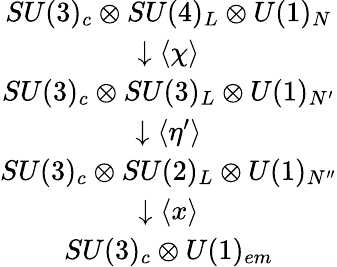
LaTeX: \begin{array}{c}{{SU(3)_{c}\otimes SU(4)_{L}\otimes U(1)_{N}}}\\ {{\downarrow\langle\chi\rangle}}\\ {{SU(3)_{c}\otimes SU(3)_{L}\otimes U(1)_{N^{\prime}}}}\\ {{\downarrow\langle\eta^{\prime}\rangle}}\\ {{SU(3)_{c}\otimes SU(2)_{L}\otimes U(1)_{N^{\prime\prime}}}}\\ {{\downarrow\langle x\rangle}}\\ {{SU(3)_{c}\otimes U(1)_{em}}}\end{array}